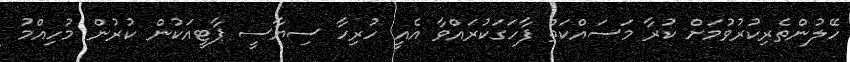
ހޭލުންތެރިކުރުވުމަށް ކުރާ މަސައްކަތް ފާހަގަކުރައްވާ އެއީ ހުރިހާ ސިޔާސީ ޕާޓީއަކުން ކުރުން މުހިއްމު